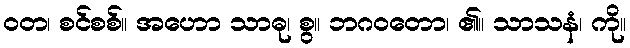
ဝတ၊ စင်စစ်။ အဟော သာဓု၊ စွ။ ဘဂဝတော၊ ၏။ သာသနံ၊ ကို။